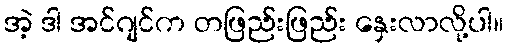
အဲ့ ဒါ အင်ဂျင်က တဖြည်းဖြည်း နှေးလာလို့ပါ။